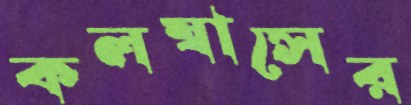
কলম্বাসের